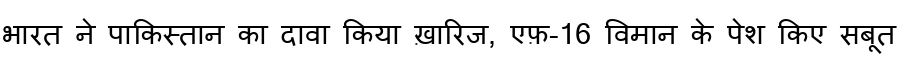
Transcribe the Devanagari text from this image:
भारत ने पाकिस्तान का दावा किया ख़ारिज, एफ़-16 विमान के पेश किए सबूत